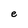
Character: e